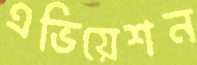
এভিয়েশন